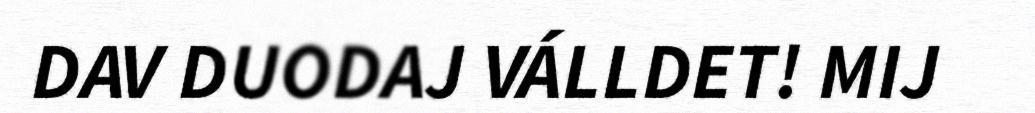
DAV DUODAJ VÁLLDET! MIJ